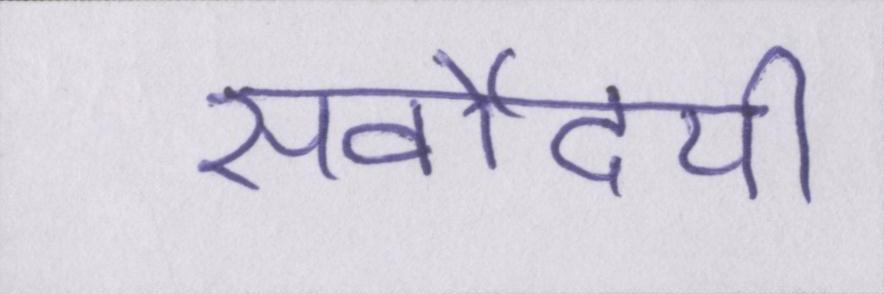
सर्वोदयी